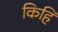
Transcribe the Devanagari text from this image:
किहि